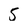
Character: 5